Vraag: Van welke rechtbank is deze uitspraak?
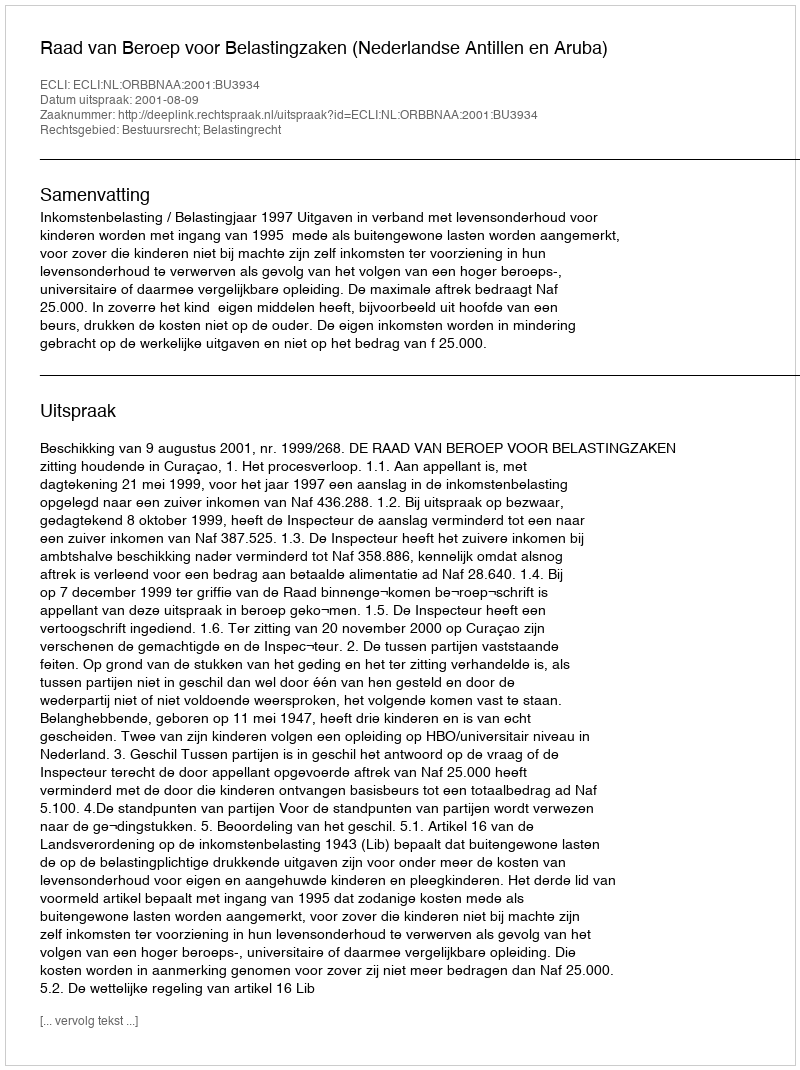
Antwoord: Raad van Beroep voor Belastingzaken (Nederlandse Antillen en Aruba)